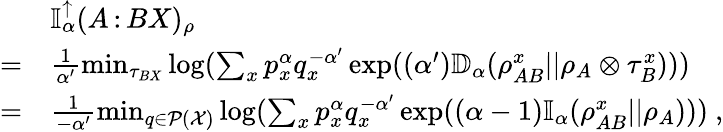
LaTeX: \begin{array}{rl}&{\mathbb{I}_{\alpha}^{\uparrow}(A{\, :\, }BX)_{\rho}}\\ {=}&{\frac{1}{\alpha^{\prime}}\operatorname*{min}_{\tau_{BX}}\log(\sum_{x}p_{x}^{\alpha}q_{x}^{-\alpha^{\prime}}\exp((\alpha^{\prime})\mathbb{D}_{\alpha}(\rho_{AB}^{x}||\rho_{A}\otimes\tau_{B}^{x})))}\\ {=}&{\frac{1}{-\alpha^{\prime}}\operatorname*{min}_{q\in\mathcal{P}(\mathcal{X})}\log(\sum_{x}p_{x}^{\alpha}q_{x}^{-\alpha^{\prime}}\exp((\alpha-1)\mathbb{I}_{\alpha}(\rho_{AB}^{x}||\rho_{A})))\ ,}\end{array}